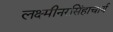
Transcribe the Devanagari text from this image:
लक्ष्मीनरसिंहाचार्य